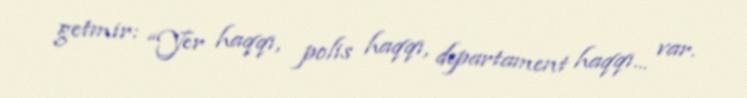
getmir: “Yer haqqı, polis haqqı, departament haqqı... var.